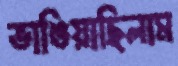
ভাঙিয়াছিলাম